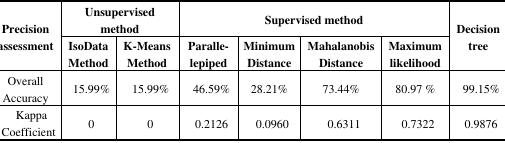
| <ROWSPAN=2> Precision assessment | <COLSPAN=2> Unsupervised method | <COLSPAN=4> Supervised method | <ROWSPAN=2> Decision tree |
 | IsoData Method | K-Means Method | Paralle-lepiped | Minimum Distance | Mahalanobis Distance | Maximum likelihood |
 | --- | --- | --- | --- | --- | --- | --- | --- |
 | Overall Accuracy | 15.99% | 15.99% | 46.59% | 28.21% | 73.44% | 80.97 % | 99.15% |
 | Kappa Coefficient | 0 | 0 | 0.2126 | 0.0960 | 0.6311 | 0.7322 | 0.9876 |